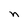
Character: n